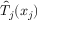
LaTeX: { \hat { T } } _ { j } ( x _ { j } )